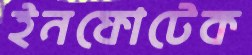
ইনফোটেক